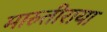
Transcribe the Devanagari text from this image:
मारुतीराया